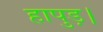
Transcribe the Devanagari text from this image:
हापुड़।